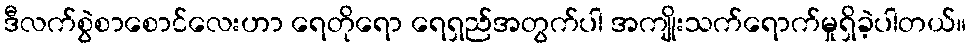
ဒီလက်စွဲစာစောင်လေးဟာ ရေတိုရော ရေရှည်အတွက်ပါ အကျိုးသက်ရောက်မှုရှိခဲ့ပါတယ်။